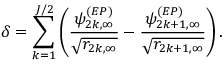
\delta = \sum _ { k = 1 } ^ { J / 2 } \left( \frac { \psi _ { 2 k , \infty } ^ { ( E P ) } } { \sqrt { r _ { 2 k , \infty } } } - \frac { \psi _ { 2 k + 1 , \infty } ^ { ( E P ) } } { \sqrt { r _ { 2 k + 1 , \infty } } } \right) .